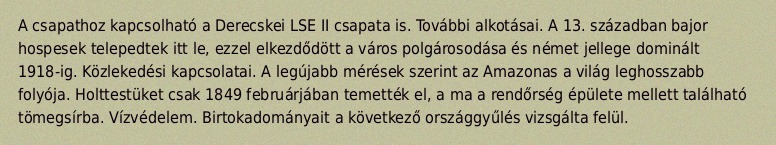
A csapathoz kapcsolható a Derecskei LSE II csapata is. További alkotásai. A 13. században bajor hospesek telepedtek itt le, ezzel elkezdődött a város polgárosodása és német jellege dominált 1918-ig. Közlekedési kapcsolatai. A legújabb mérések szerint az Amazonas a világ leghosszabb folyója. Holttestüket csak 1849 februárjában temették el, a ma a rendőrség épülete mellett található tömegsírba. Vízvédelem. Birtokadományait a következő országgyűlés vizsgálta felül.